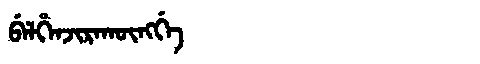
Manchu: ᠪᡝᠯᡥᡝᠨᠵᡳᡵᠠᡴᡡᠩᡤᡝ
Romanization: BELHENJIRAKŪNGGE